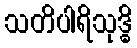
သတိပါရိသုဒ္ဓိ